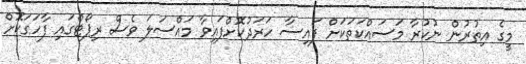
މީގެ އިތުރުން ނުކުރާ މަސައްކަތަކަށް ފައިސާ ހަރަދުކޮށްފައިވާ މައްސަލަ ވެސް ރިޕޯޓްގައި ފާހަގަކޮށް